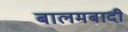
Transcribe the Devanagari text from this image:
बालमबादी